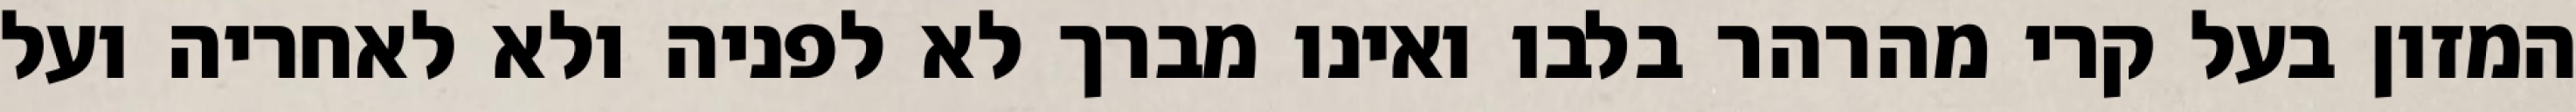
המזון בעל קרי מהרהר בלבו ואינו מברך לא לפניה ולא לאחריה ועל